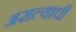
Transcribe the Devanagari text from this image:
असल्‍याची